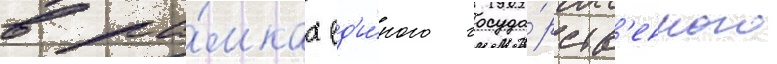
в ра́мках ед'и́ного госуда́рств'енного